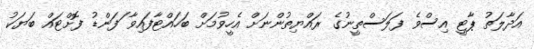
އަދާލަތު ޕާޓީ އިސްވެ ފަލަސްތީނުގެ ރައްޔިތުންނަށް އެހީވުމަށް ބަހައްޓާފައިވާ ަފަންޑު ފޮށްޓައް ބަޔަކު